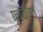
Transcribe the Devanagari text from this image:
पूर्ववेला